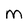
Character: m